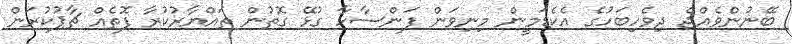
ބޭނުންވެއްޖެ ދިވެހިބަހުގެ އެކެޑަމީން މިނިވަން ފަންސާހާ ގުޅޭ ގޮތުން ތައްޔާރުކުރާ ފޮތެއް ޗާޕުކުރަން